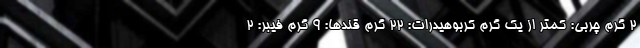
2 گرم چربی: کمتر از یک گرم کربوهیدرات: 22 گرم قندها: 9 گرم فیبر: 2